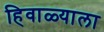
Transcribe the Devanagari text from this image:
हिवाळ्याला